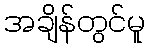
အချိန်တွင်မူ